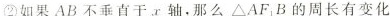
②如果AB不垂直于x轴，那么ΔAFB的周长有变化